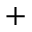
^ { + }